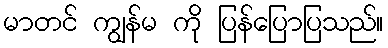
မာတင် ကျွန်မ ကို ပြန်ပြောပြသည်။